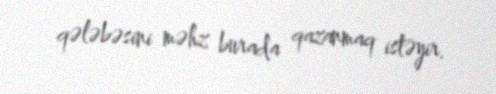
qələbəsini məhz burada qazanmaq istəyir.